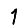
Digit: 1